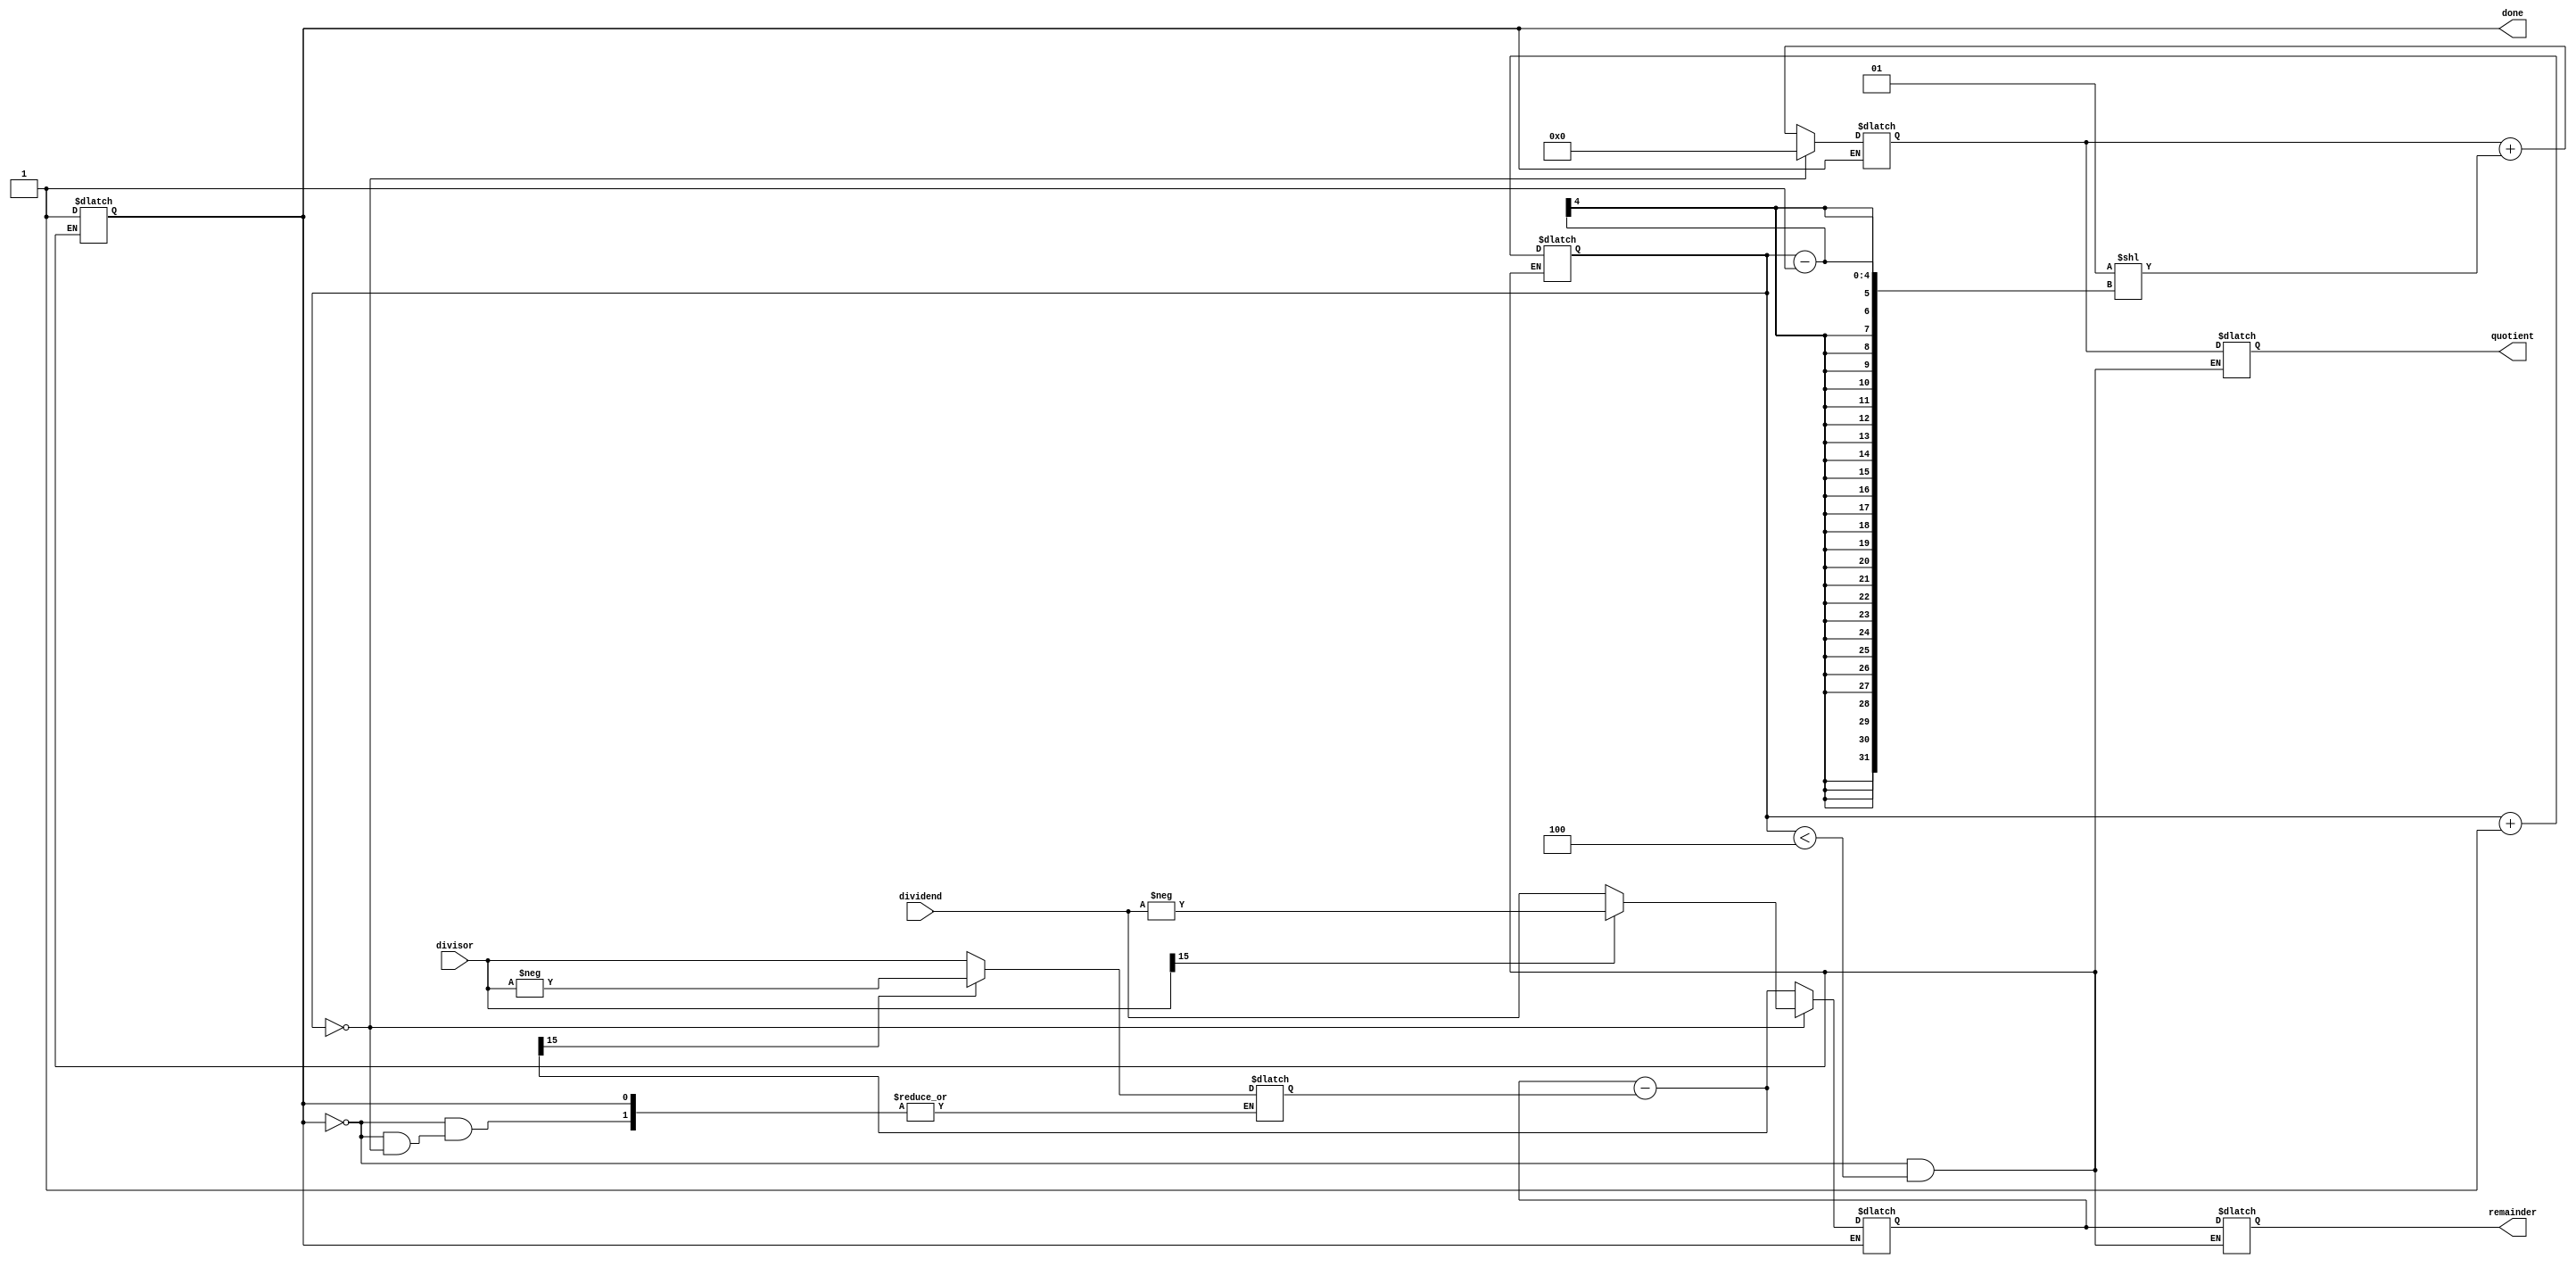
module radix2_srt_divider (
    input wire signed [15:0] dividend,
    input wire signed [15:0] divisor,
    output wire signed [15:0] quotient,
    output wire signed [15:0] remainder,
    output reg done
);

reg signed [15:0] temp_quotient;
reg signed [15:0] temp_remainder;
reg [3:0] iteration;
reg signed [15:0] quotient_partial;
reg signed [15:0] remainder_partial;
reg signed [15:0] sub_result;

always @(*)
begin
    if (!done)
    begin
        case (iteration)
            0: begin
                temp_quotient = 0;
                temp_remainder = dividend;
                if (divisor[15] == 1'b1)
                    temp_remainder = -temp_remainder;
            end
            
            default: begin
                {quotient_partial, remainder_partial} = {temp_quotient, temp_remainder} - {sub_result, sub_result};
                if (remainder_partial[15] == 1'b1)
                    sub_result = -divisor;
                else
                    sub_result = divisor;
                temp_quotient = temp_quotient + (1 << (iteration-1));
                temp_remainder = remainder_partial;
            end
        endcase
    end
end

always @(*)
begin
    if (!done && (iteration < 4))
    begin
        iteration = iteration + 1;
    end
    else
    begin
        quotient = temp_quotient;
        remainder = temp_remainder;
        done = 1;
    end
end

endmodule